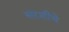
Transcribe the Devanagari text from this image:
सरशीचे